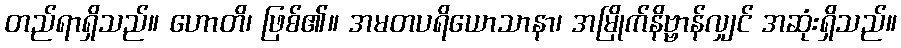
တည်ရာရှိသည်။ ဟောတိ၊ ဖြစ်၏။ အမတပရိယောသာနာ၊ အမြိုက်နိဗ္ဗာန်လျှင် အဆုံးရှိသည်။